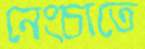
নেংচাতে